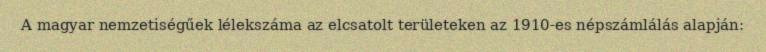
A magyar nemzetiségűek lélekszáma az elcsatolt területeken az 1910-es népszámlálás alapján: